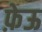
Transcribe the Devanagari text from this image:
फ़ेऊ